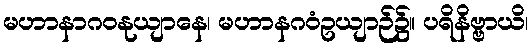
မဟာနာဂဝနုယျာနေ၊ မဟာနဂဝံဥယျာဉ်၌။ ပရိနိဗ္ဗာယိ၊